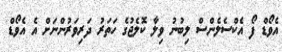
އެވޯޑް ފޯ އެކްސެލެންސް ލިބުނު ވިލާ ކޮލެޖުގެ ހަތަރު ދަރިވަރުންނަށް އެ އެވޯޑް